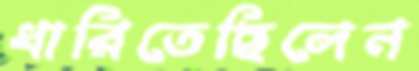
ধারিতেছিলেন